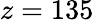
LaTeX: z=135